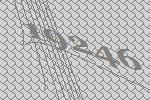
19246